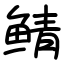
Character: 鲭